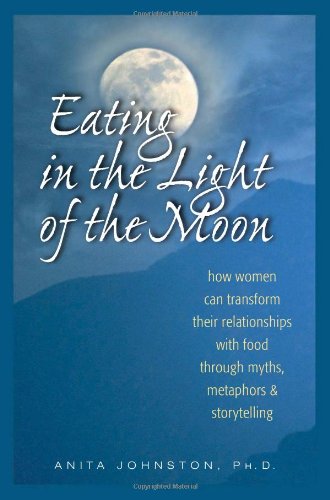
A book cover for Eating in the Light of the Moon: How Women Can Transform Their Relationship with Food Through Myths, Metaphors, and Storytelling; Anita A. Johnston PhD.; Self-Help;